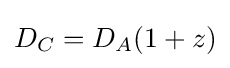
D_{C}=D_{A}(1+z)